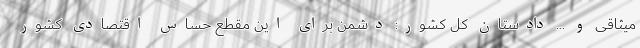
میثاقی و ... دادستان کل کشور: دشمن برای این مقطع حساس اقتصادی کشور